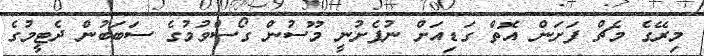
މިރޭގެ މެޗް ފަަށަން އޮތް ގަޑިއަށް ނުފެށުނީ މޫސުން ގޯސްވުމުގެ ސަބަބުން ދެޓީމުގެ